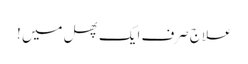
علاج صرف ایک پھل میں !